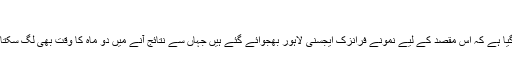
'
کہا گیا ہے کہ اس مقصد کے لیے نمونے فرانزک ایجسنی لاہور بھجوائے گئے ہیں جہاں سے نتائج آنے میں دو ماہ کا وقت بھی لگ سکتا ہے۔